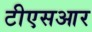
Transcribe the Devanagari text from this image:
टीएसआर